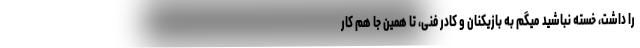
را داشت، خسته نباشید میگم به بازیکنان و کادر فنی، تا همین جا هم کار